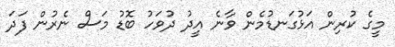
މީގެ ކުރިން އަޅުގަނޑުމެން ވާނެ އީދު ދުވަހު ބޮޑު މަސް ނެރުން ފަދަ